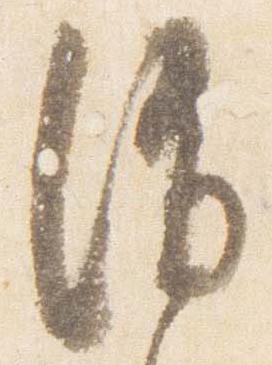
消